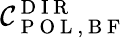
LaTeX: \mathcal{C}_{\mathrm{{~P~O~L~,~B~F~}}}^{\mathrm{{~D~I~R~}}}